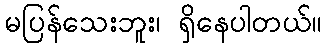
မပြန်သေးဘူး၊ ရှိနေပါတယ်။